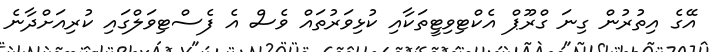
އޭގެ އިތުރުން ގިނަ ގްރޫޕް އެކްޓިވިޓީތަކާއި ކުޅިވަރުތައް ވެސް އެ ފެސްޓިވަލްގައި ކުރިއަށްދާނެ